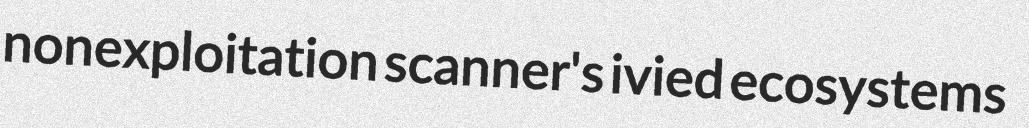
nonexploitation scanner's ivied ecosystems